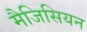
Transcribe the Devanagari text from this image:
मैजिसियन